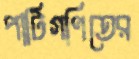
পাটিগণিতের